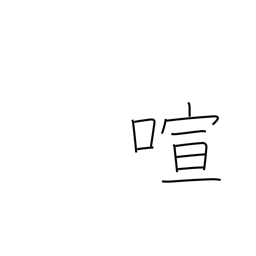
Meaning: boisterous